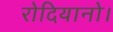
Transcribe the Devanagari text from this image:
रोदियानो।